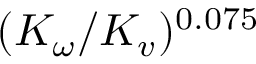
( K _ { \omega } / K _ { v } ) ^ { 0 . 0 7 5 }